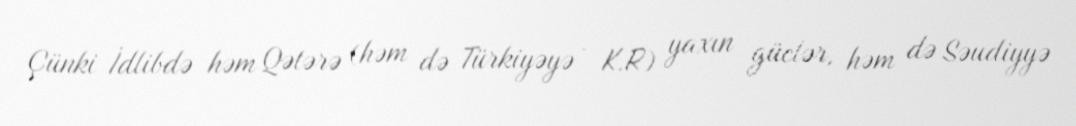
Çünki İdlibdə həm Qətərə (həm də Türkiyəyə - K.R) yaxın güclər, həm də Səudiyyə